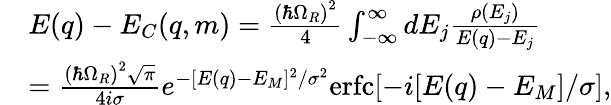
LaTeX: \begin{array}{rl}&{E(q)-E_{C}(q,m)=\frac{\left(\hbar\Omega_{R}\right)^{2}}{4}\int_{-\infty}^{\infty}dE_{j}\frac{\rho(E_{j})}{E(q)-E_{j}}}\\ &{=\frac{\left(\hbar\Omega_{R}\right)^{2}\sqrt{\pi}}{4i\sigma}e^{-[E(q)-E_{M}]^{2}/\sigma^{2}}\mathrm{erfc}[-i[E(q)-E_{M}]/\sigma],}\end{array}